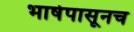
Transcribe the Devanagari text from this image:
भाषेपासूनच